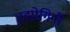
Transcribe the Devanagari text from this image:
उद्योगिनी